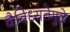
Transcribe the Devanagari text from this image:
वैविध्यतेमुळे